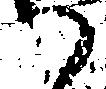
御